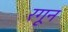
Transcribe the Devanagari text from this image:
रगून